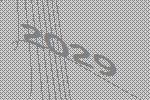
2029